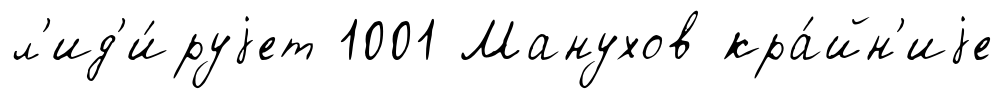
л'ид'и́руjет 1001 Манухов кра́йн'иjе